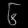
Digit: ၆